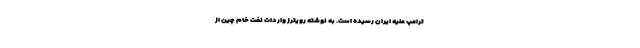
ترامپ علیه ایران رسیده است. به نوشته رویترز واردات نفت خام چین از